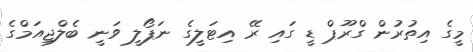
މީގެ އިތުރުން ގްރޫޕް ޑީ ގައި ރޭ އިޓަލީގެ ނަޕޯލީ ވަނީ ބެލްޖިއަމްގެ